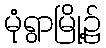
မုံရွာမြို့၌